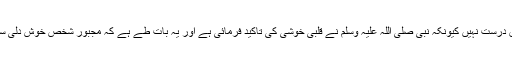
معمولی کمی بیشی کی تو گنجائش ہے لیکن بہت زیادہ فرق درست نہیں کیونکہ نبی صلی اللہ علیہ وسلم نے قلبی خوشی کی تاکید فرمائی ہے اور یہ بات طے ہے کہ مجبور شخص خوش دلی سے غیر معمولی کم ریٹ پربیچنے کے لیے تیار نہیں ہوتا۔